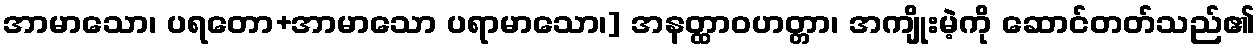
အာမာသော၊ ပရတော+အာမာသော ပရာမာသော၊] အနတ္ထာဝဟတ္တာ၊ အကျိုးမဲ့ကို ဆောင်တတ်သည်၏